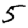
Digit: 5